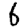
Digit: 6